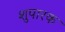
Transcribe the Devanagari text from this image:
शुपारक